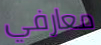
معارفي